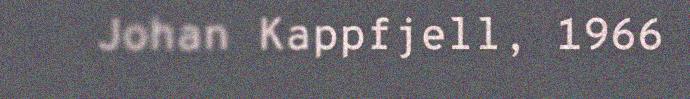
Johan Kappfjell, 1966